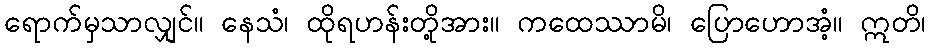
ရောက်မှသာလျှင်။ နေသံ၊ ထိုရဟန်းတို့အား။ ကထေဿာမိ၊ ပြောဟောအံ့။ ဣတိ၊